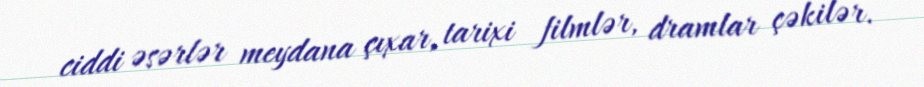
ciddi əsərlər meydana çıxar, tarixi filmlər, dramlar çəkilər.